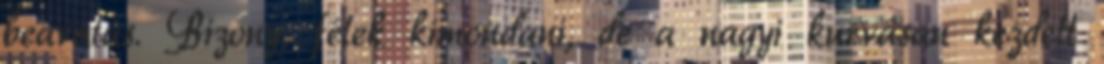
beavatás. Bizony, félek kimondani, de a nagyi kurvásan kezdett